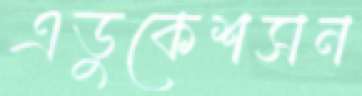
এডুকেশসন